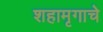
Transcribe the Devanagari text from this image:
शहामृगाचे